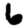
Digit: 6